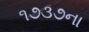
૧૭૩૭ના